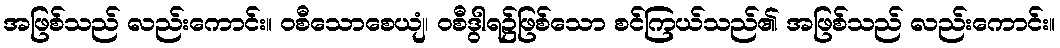
အဖြစ်သည် လည်းကောင်း။ ဝစီသောစေယျံ၊ ဝစီဒွါရ၌ဖြစ်သော စင်ကြယ်သည်၏ အဖြစ်သည် လည်းကောင်း။